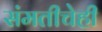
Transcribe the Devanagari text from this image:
संमतीचेही